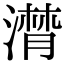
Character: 潸